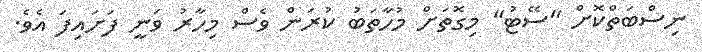
ނިސްބަތްކޮށް "ސޭޓު" މިގޮތަށް މުހާތަބު ކުރަން ވެސް މިހާރު ވަނީ ފަށައިފަ އެވެ.